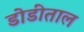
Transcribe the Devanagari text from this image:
डोडीताल